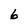
Character: 6